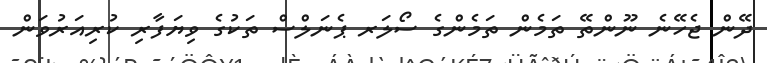
ދޭން ޖެހޭނެ ނޫންތޭ ތަމެން ތަމެންގެ ސޯލަރ ޕެނަލްސް ތަކުގެ ވިޔަފާރި ކުރިއަރުވަން